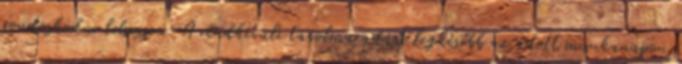
gondoskodni lehessen. A rendkívüli távolmaradást legkésőbb az adott munkanapon